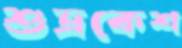
শুভ্রকেশ